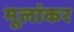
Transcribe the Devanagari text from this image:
मूलांकर